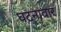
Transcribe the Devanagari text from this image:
घटनावार